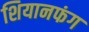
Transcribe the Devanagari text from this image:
शियानफंग